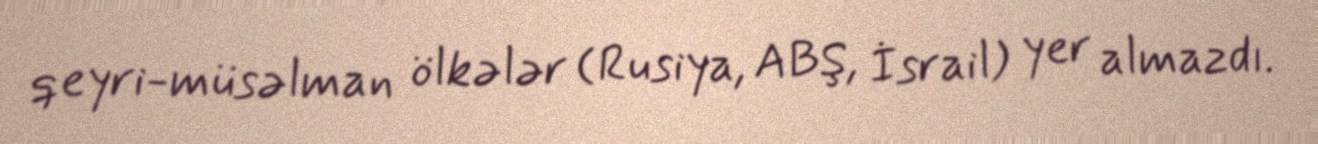
qeyri-müsəlman ölkələr (Rusiya, ABŞ, İsrail) yer almazdı.